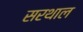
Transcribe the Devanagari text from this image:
सरथाल